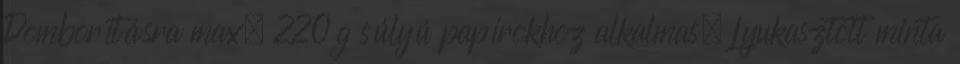
Domborításra max. 220 g súlyú papírokhoz alkalmas. Lyukasztott minta